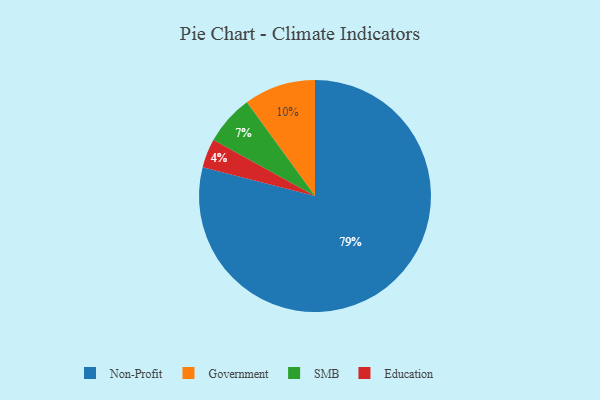
{"axis": {"x": "Category", "y": "Percentage"}, "legend": ["Education", "Government", "Non-Profit", "SMB"], "data": [{"x": "Education", "y": 4, "type": "Education"}, {"x": "Non-Profit", "y": 79, "type": "Non-Profit"}, {"x": "Government", "y": 10, "type": "Government"}, {"x": "SMB", "y": 7, "type": "SMB"}]}